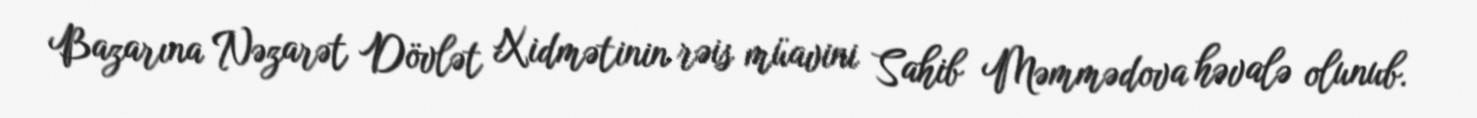
Bazarına Nəzarət Dövlət Xidmətinin rəis müavini Sahib Məmmədova həvalə olunub.